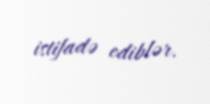
istifadə ediblər.